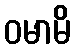
ဝမာမိ